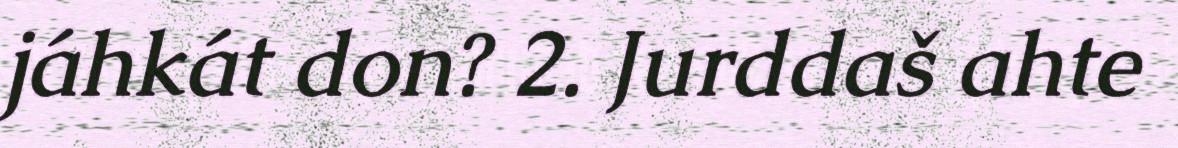
jáhkát don? 2. Jurddaš ahte